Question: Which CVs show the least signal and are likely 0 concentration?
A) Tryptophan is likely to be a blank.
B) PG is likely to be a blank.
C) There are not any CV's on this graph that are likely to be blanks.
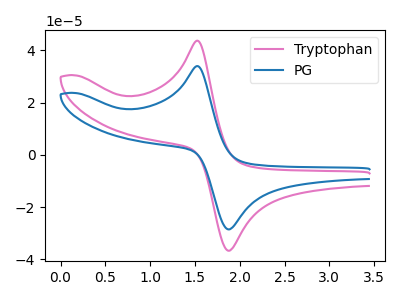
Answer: <think>The pink curve "Tryptophan" has an anodic peak at (1.55V, 43.75uA) and a cathodic peak at (1.90V, -36.70uA). The blue curve "PG" has an anodic peak at (1.55V, 34.05uA) and a cathodic peak at (1.90V, -28.55uA).</think>
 <answer>C) There are not any CV's on this graph that are likely to be blanks.</answer>
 <eval>C</eval>